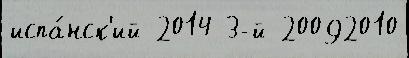
испа́нск'ий 2014 3-й 20092010